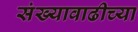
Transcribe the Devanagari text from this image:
संख्यावाढीच्या